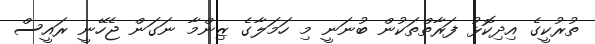
ތުރުކީގެ އިދިކޮޅު ފަރާތްތަކުން ބުނަނީ މި ހަމަލާގެ ޒިންމާ ނަގަން ޖެހޭނީ ރައީސް